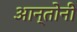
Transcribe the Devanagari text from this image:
आन्तोनी